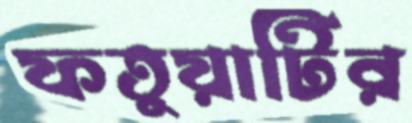
ফতুয়াটির